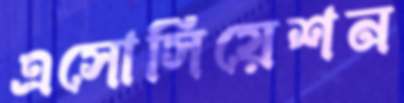
এসোসিয়েশন